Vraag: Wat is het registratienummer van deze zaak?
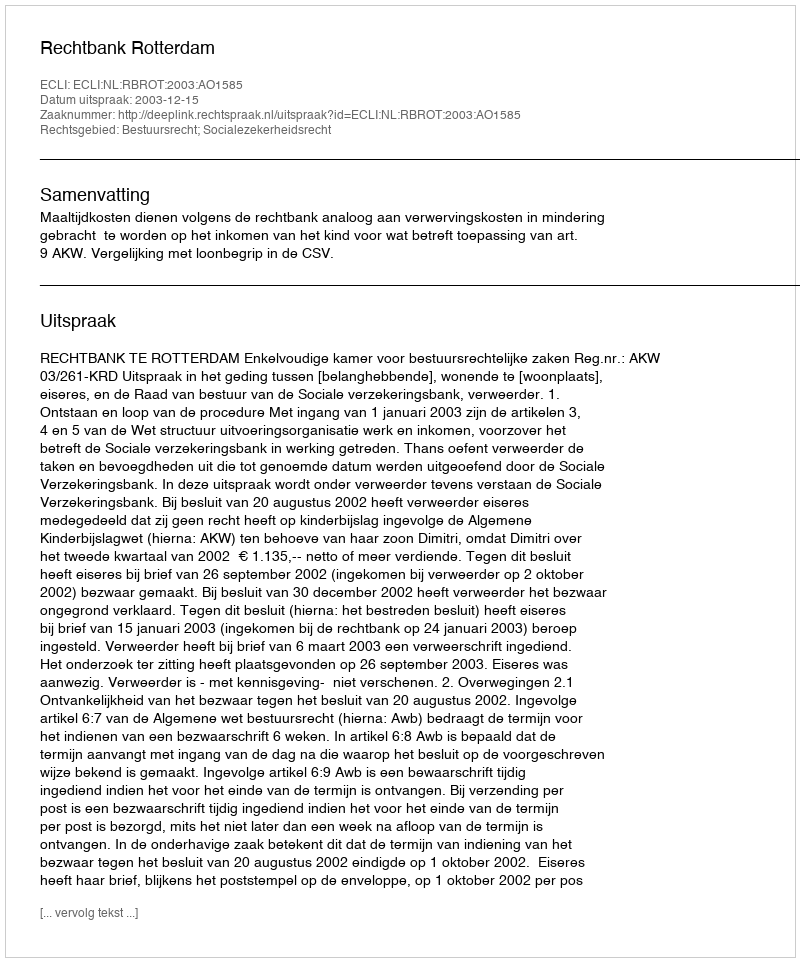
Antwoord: http://deeplink.rechtspraak.nl/uitspraak?id=ECLI:NL:RBROT:2003:AO1585